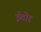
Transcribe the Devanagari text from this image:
ईवोर